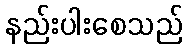
နည်းပါးစေသည်